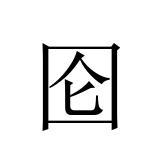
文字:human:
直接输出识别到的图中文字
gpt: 囵